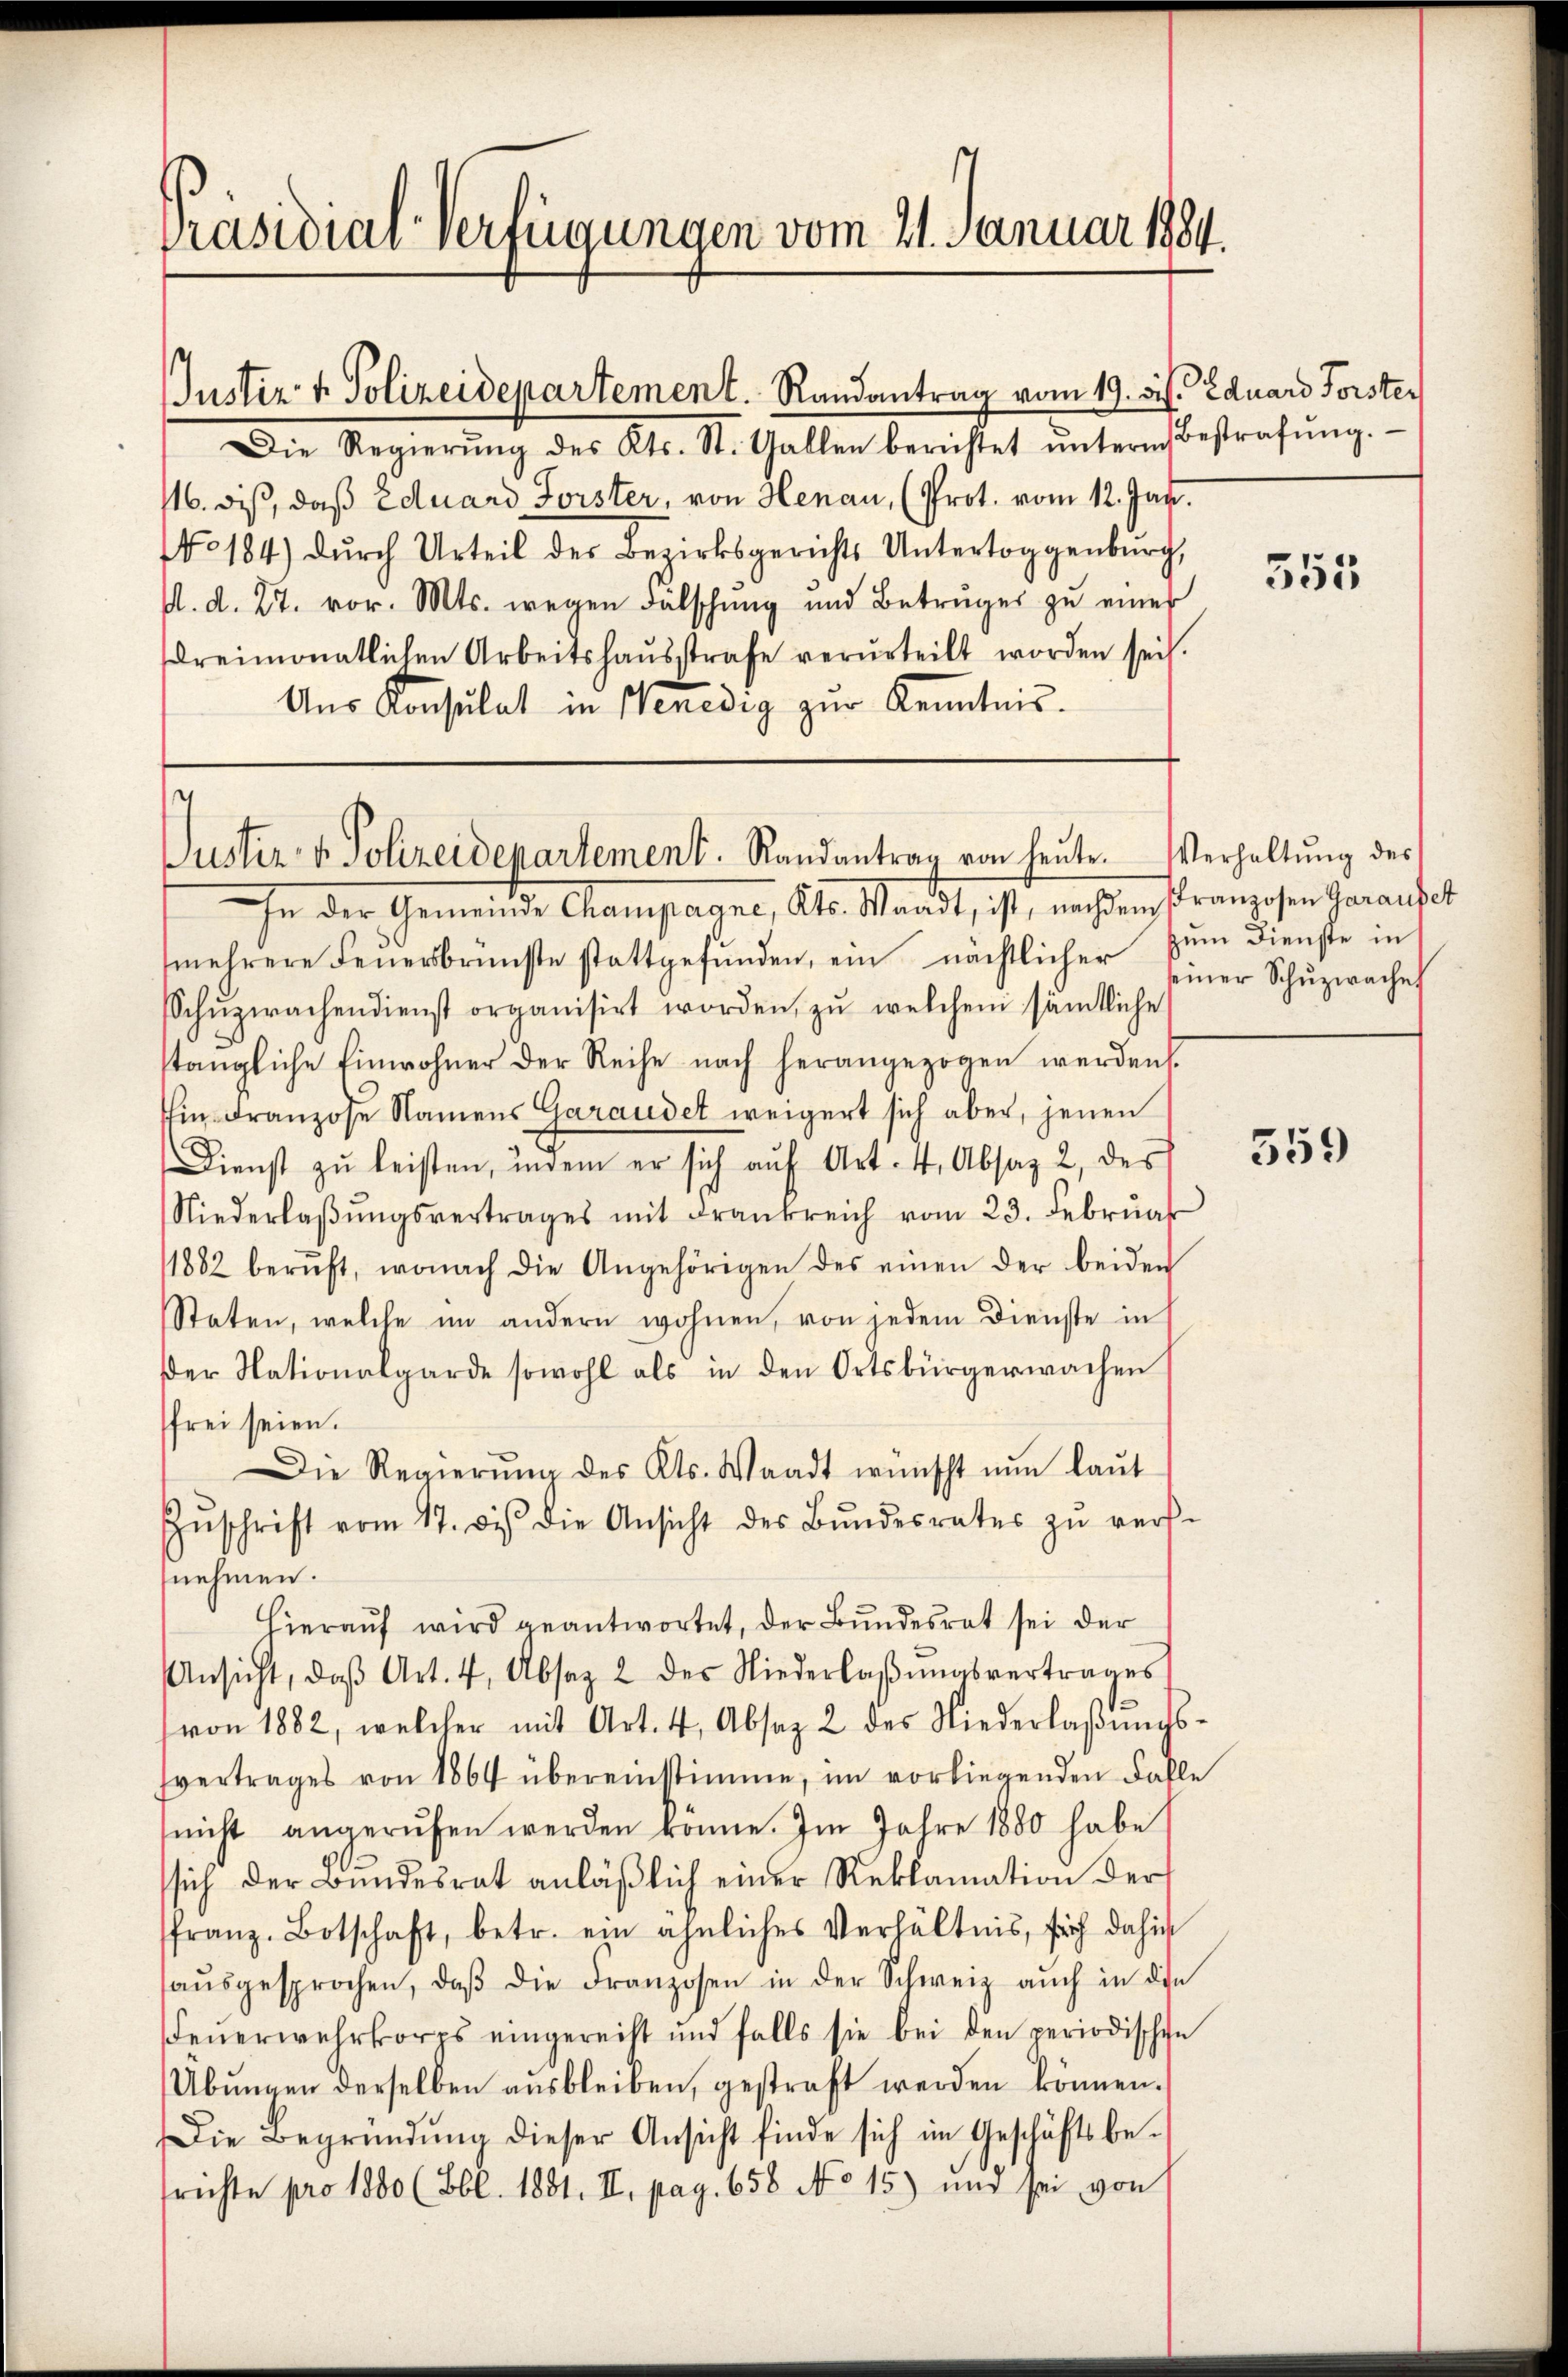
Präsidial-Verfügungen vom 21. Januar 1884.

Justiz- & Polizeidepartement. Randantrag vom 19. bis. Eduard Forster

Justiz- & Polizeidepartement. Randantrag von heŭte. Verhaltŭng des

Die Regierŭng des Kts. St. Gallen berichtet ŭnterm Bestrafŭng.
116. diß, daß Eduard Forster, von Henau, (Prot. vom 12. Jan.
NNo. 184) dŭrch Urteil des Bezirksgerichts Untertoggenburg,
d. d. 27. vor. Mts. wegen Fälschung und Betrüger zu einer
dreimonatlichen Arbeitshaŭsstrafe verurteilt worden sei.
Aŭs Konsulat in Venedig zur Kenntnis.

In der Gemeinde Champagne, Kts. Waadt, ist, nachdem Franzosen Garaufset
mehrere Feŭersbrünste stattgefŭnden, ein nächtlicher zŭm Dienste in
Schŭzwachendienst organisirt worden, zŭ welchem sämtliche
stängliche Einwohner der Reihe nach herangezogen werden.
in Franzose Namens Garandet weigert sich aber, jenen
Dienst zŭ leisten, indem er sich aŭf Art. 4, Absaz 2, des
Niederlaβŭngsvertrages mit Frankreich vom 23. Febrŭar
1882 berŭft, wonach die Angehörigen des einen der beiden
Staten, welche im andern wohnen, von jedem Dienste in
der Nationalgarde sowohl als in den Ortsbürgerwachen
frei seien.
Die Regierŭng des Kts. Waadt wünscht nŭn laŭt
Zŭschrift vom 17. des die Ansicht des Bŭndesrates zŭ vers-
nehmen.
Hierauf wird geantwortet, der Bundesrat sei der
Ansicht, daβ Art. 4. Absaz 2 des Niederlaβŭngsvertrages
von 1882, welcher mit Art. 4, Absaz 2 des Niederlaβŭngs-
fvertrages von 1864 übereinstimme, im vorliegenden Falle
nicht angerufen werden könne. Im Jahre 1880 habe
sich der Bundesrat anläβlich einer Reklamation der
ffranz. Botschaft, betr. ein ähnliches Verhältnis, sich dahin
aŭsgesprochen, daβ die Franzosen in der Schweiz aŭch in die
Feŭerwehrkorps eingereist und falls sie bei den periodischen
Übŭngen derselben aŭsbleiben, gestraft werden können.
Die Begründŭng dieser Ansicht finde sich im Geschäftsbe-
srichte pro 1800 (Bbl. 1881. II. pag. 658 No 15) und sei von

355

seiner Schŭzwache

359